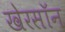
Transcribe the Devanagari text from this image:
खेरसॉन